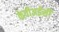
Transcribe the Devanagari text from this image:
केवीअईसी